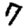
Digit: 7